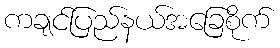
ကချင်ပြည်နယ်အခြေစိုက်